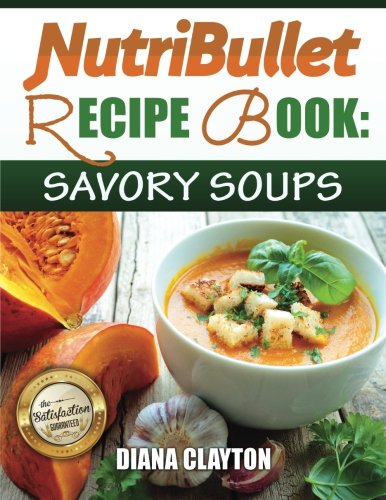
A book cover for NutriBullet Recipe Book: Savory Soups!: 71 Delicious, Healthy & Exquisite Soups and Sauces for your NutriBullet; Diana Clayton; Cookbooks, Food & Wine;